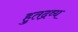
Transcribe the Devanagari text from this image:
हुतद्रव्य